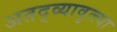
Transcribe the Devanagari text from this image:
अतद्व्यावृत्त्या